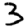
Digit: 3